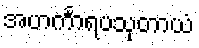
အဟင်္ကာရပသုတာယံ